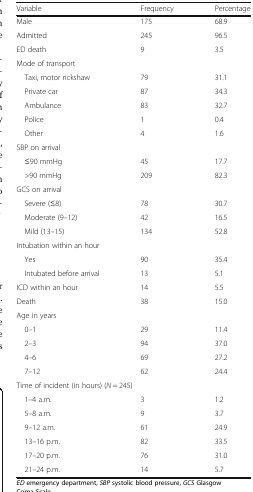
<table><thead><tr><td><b>Variable</b></td><td><b>Frequency</b></td><td><b>Percentage</b></td></tr></thead><tbody><tr><td>Male</td><td>175</td><td>68.9</td></tr><tr><td>Admitted</td><td>245</td><td>96.5</td></tr><tr><td>ED death</td><td>9</td><td>3.5</td></tr><tr><td colspan="3">Mode of transport</td></tr><tr><td> Taxi, motor rickshaw</td><td>79</td><td>31.1</td></tr><tr><td> Private car</td><td>87</td><td>34.3</td></tr><tr><td> Ambulance</td><td>83</td><td>32.7</td></tr><tr><td> Police</td><td>1</td><td>0.4</td></tr><tr><td> Other</td><td>4</td><td>1.6</td></tr><tr><td colspan="3">SBP on arrival</td></tr><tr><td> ≤90 mmHg</td><td>45</td><td>17.7</td></tr><tr><td> &gt;90 mmHg</td><td>209</td><td>82.3</td></tr><tr><td>GCS on arrival</td><td></td><td></td></tr><tr><td> Severe (≤8)</td><td>78</td><td>30.7</td></tr><tr><td> Moderate (9–12)</td><td>42</td><td>16.5</td></tr><tr><td> Mild (13–15)</td><td>134</td><td>52.8</td></tr><tr><td colspan="3">Intubation within an hour</td></tr><tr><td> Yes</td><td>90</td><td>35.4</td></tr><tr><td> Intubated before arrival</td><td>13</td><td>5.1</td></tr><tr><td>ICD within an hour</td><td>14</td><td>5.5</td></tr><tr><td>Death</td><td>38</td><td>15.0</td></tr><tr><td colspan="3">Age in years</td></tr><tr><td> 0–1</td><td>29</td><td>11.4</td></tr><tr><td> 2–3</td><td>94</td><td>37.0</td></tr><tr><td> 4–6</td><td>69</td><td>27.2</td></tr><tr><td> 7–12</td><td>62</td><td>24.4</td></tr><tr><td colspan="3">Time of incident (in hours) (<i>N</i> = 245)</td></tr><tr><td> 1–4 a.m.</td><td>3</td><td>1.2</td></tr><tr><td> 5–8 a.m.</td><td>9</td><td>3.7</td></tr><tr><td> 9–12 a.m.</td><td>61</td><td>24.9</td></tr><tr><td> 13–16 p.m.</td><td>82</td><td>33.5</td></tr><tr><td> 17–20​ p.m.</td><td>76</td><td>31.0</td></tr><tr><td> 21–24​ p.m.</td><td>14</td><td>5.7</td></tr></tbody></table>